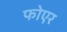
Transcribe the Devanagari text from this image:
फोएर